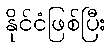
နိုင်ငံဖြစ်ပြီး